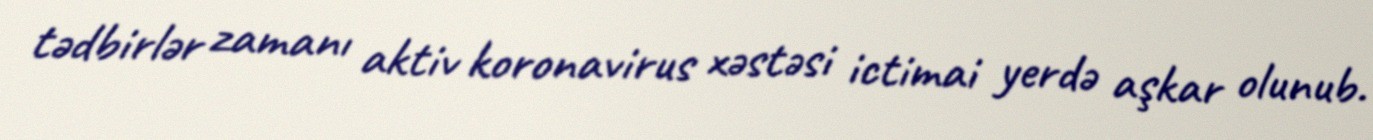
tədbirlər zamanı aktiv koronavirus xəstəsi ictimai yerdə aşkar olunub.